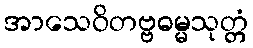
အာသေဝိတဗ္ဗဓမ္မသုတ္တံ